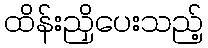
ထိန်းညှိပေးသည့်